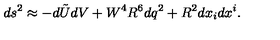
d s ^ { 2 } \approx - d \tilde { U } d V + W ^ { 4 } R ^ { 6 } d q ^ { 2 } + R ^ { 2 } d x _ { i } d x ^ { i } .